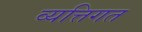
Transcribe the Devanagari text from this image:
व्यत्तिगत